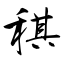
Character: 稘